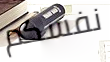
نفسكم